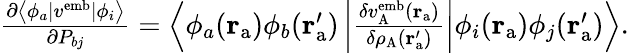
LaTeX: \begin{array}{r}{\frac{\partial\left\langle\phi_{a}|{v}^{\mathrm{emb}}|\phi_{i}\right\rangle}{\partial P_{bj}}=\left\langle\phi_{a}(\mathbf{r}_{\mathrm{a}})\phi_{b}(\mathbf{r}_{\mathrm{a}}^{\prime})\left|\frac{\delta v_{\mathrm{A}}^{\mathrm{emb}}(\mathbf{r}_{\mathrm{a}})}{\delta\rho_{\mathrm{A}}(\mathbf{r}_{\mathrm{a}}^{\prime})}\right|\phi_{i}(\mathbf{r}_{\mathrm{a}})\phi_{j}(\mathbf{r}_{\mathrm{a}}^{\prime})\right\rangle.}\end{array}